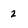
Character: 2